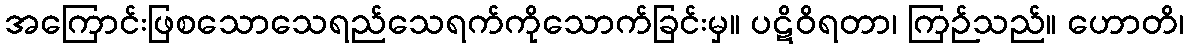
အကြောင်းဖြစသောသေရည်သေရက်ကိုသောက်ခြင်းမှ။ ပဋိဝိရတာ၊ ကြဉ်သည်။ ဟောတိ၊